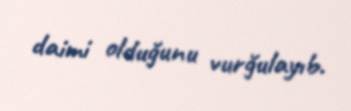
daimi olduğunu vurğulayıb.